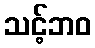
သင့်ဘဝ